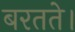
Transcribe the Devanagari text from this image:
बरतते।